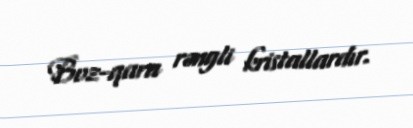
Boz-qara rəngli kristallardır.